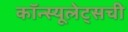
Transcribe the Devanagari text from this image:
कॉन्स्यूलेट्सची